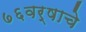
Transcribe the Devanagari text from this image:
७६वर्षाचे